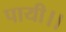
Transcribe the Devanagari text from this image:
पायी।।